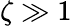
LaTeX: \zeta\gg 1